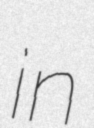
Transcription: in